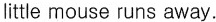
little mouse runs away.